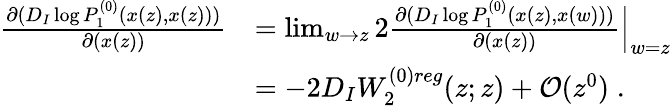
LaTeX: \begin{array}{rl}{\frac{\partial(D_{I}\log P_{1}^{(0)}(x(z),x(z)))}{\partial(x(z))}}&{=\operatorname*{lim}_{w\to z}2\frac{\partial(D_{I}\log P_{1}^{(0)}(x(z),x(w)))}{\partial(x(z))}\Big|_{w=z}}\\ &{=-2D_{I}W_{2}^{(0)reg}(z;z)+\mathcal{O}(z^{0})\; .}\end{array}